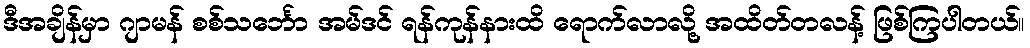
ဒီအချိန်မှာ ဂျာမန် စစ်သင်္ဘော အမ်ဒင် ရန်ကုန်နားထိ ရောက်လာလို့ အထိတ်တလန့် ဖြစ်ကြပါတယ်။